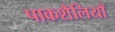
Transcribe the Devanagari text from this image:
पाकशैलियाँ